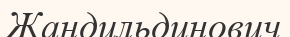
Жандильдинович